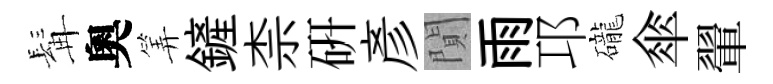
髯奧筭鏟柰硏彥閴雨邛礲傘翬